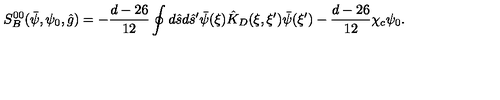
{ S _ { B } ^ { 0 0 } } ( \bar { \psi } , { \psi _ { 0 } } , \hat { g } ) = - { \frac { d - 2 6 } { 1 2 } } \oint { d } \hat { s } d { \hat { s } ^ { \prime } } \bar { \psi } ( \xi ) { \hat { K } _ { D } } ( \xi , \xi ^ { \prime } ) \bar { \psi } ( \xi ^ { \prime } ) - { \frac { d - 2 6 } { 1 2 } } { \chi _ { c } } { \psi _ { 0 } } .